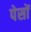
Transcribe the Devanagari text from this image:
पेसों